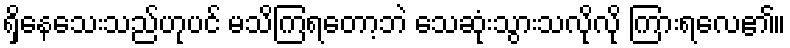
ရှိနေသေးသည်ဟုပင် မသိကြရတော့ဘဲ သေဆုံးသွားသလိုလို ကြားရလေ၏။